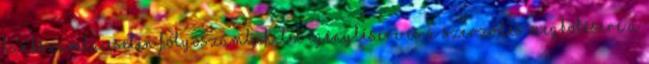
Bankszámla esetén Folyószámlahitel igénylésére és a szerződés megkötésére a